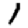
Digit: 1